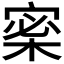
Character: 𡩎